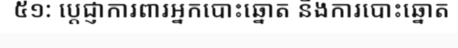
៥១: ប្តេជ្ញាការពារអ្នកបោះឆ្នោត និងការបោះឆ្នោត